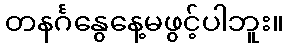
တနင်္ဂနွေနေ့မဖွင့်ပါဘူး။